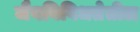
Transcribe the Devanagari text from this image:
जैवविविधतेतील